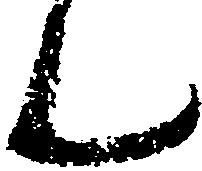
ん